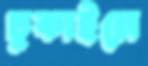
ঢুকাইলে